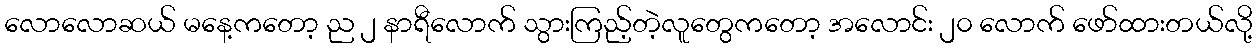
လောလောဆယ် မနေ့ကတော့ ည ၂ နာရီလောက် သွားကြည့်တဲ့လူတွေကတော့ အလောင်း ၂၀ လောက် ဖော်ထားတယ်လို့